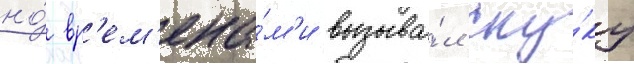
но́ вр'ем'ена́м'и вызыва́л ску́ку